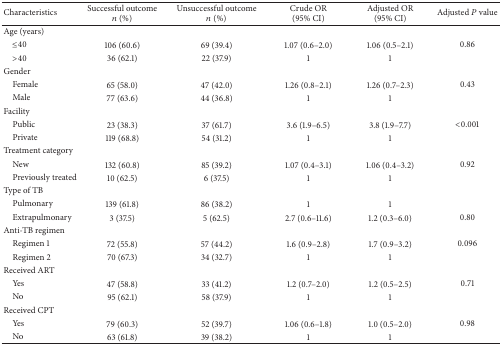
<table><thead><tr><td><b>Characteristics</b></td><td><b>Successful outcomen (%)</b></td><td><b>Unsuccessful outcomen (%)</b></td><td><b>Crude OR(95% CI)</b></td><td><b>Adjusted OR (95% CI) </b></td><td><b>Adjusted <i>P</i> value</b></td></tr></thead><tbody><tr><td>Age (years)</td><td> </td><td> </td><td> </td><td> </td><td> </td></tr><tr><td> ≤40</td><td>106 (60.6)</td><td>69 (39.4)</td><td>1.07 (0.6–2.0)</td><td>1.06 (0.5–2.1)</td><td>0.86</td></tr><tr><td> &gt;40</td><td>36 (62.1)</td><td>22 (37.9)</td><td>1</td><td>1</td><td> </td></tr><tr><td>Gender</td><td> </td><td> </td><td> </td><td> </td><td> </td></tr><tr><td> Female</td><td>65 (58.0)</td><td>47 (42.0)</td><td>1.26 (0.8–2.1)</td><td>1.26 (0.7–2.3)</td><td>0.43</td></tr><tr><td> Male</td><td>77 (63.6)</td><td>44 (36.8)</td><td>1</td><td>1</td><td> </td></tr><tr><td>Facility</td><td> </td><td> </td><td> </td><td> </td><td> </td></tr><tr><td> Public</td><td>23 (38.3)</td><td>37 (61.7)</td><td>3.6 (1.9–6.5)</td><td>3.8 (1.9–7.7)</td><td>&lt;0.001</td></tr><tr><td> Private</td><td>119 (68.8)</td><td>54 (31.2)</td><td>1</td><td>1</td><td> </td></tr><tr><td>Treatment category</td><td> </td><td> </td><td> </td><td> </td><td> </td></tr><tr><td> New</td><td>132 (60.8)</td><td>85 (39.2)</td><td>1.07 (0.4–3.1)</td><td>1.06 (0.4–3.2)</td><td>0.92</td></tr><tr><td> Previously treated</td><td>10 (62.5)</td><td>6 (37.5)</td><td>1</td><td>1</td><td> </td></tr><tr><td>Type of TB</td><td> </td><td> </td><td> </td><td> </td><td> </td></tr><tr><td> Pulmonary</td><td>139 (61.8)</td><td>86 (38.2)</td><td>1</td><td>1</td><td> </td></tr><tr><td> Extrapulmonary</td><td>3 (37.5)</td><td>5 (62.5)</td><td>2.7 (0.6–11.6)</td><td>1.2 (0.3–6.0)</td><td>0.80</td></tr><tr><td>Anti-TB regimen </td><td> </td><td> </td><td> </td><td> </td><td> </td></tr><tr><td> Regimen 1</td><td>72 (55.8)</td><td>57 (44.2)</td><td>1.6 (0.9–2.8)</td><td>1.7 (0.9–3.2)</td><td>0.096</td></tr><tr><td> Regimen 2</td><td>70 (67.3)</td><td>34 (32.7)</td><td>1</td><td>1</td><td> </td></tr><tr><td>Received ART</td><td> </td><td> </td><td> </td><td> </td><td> </td></tr><tr><td> Yes</td><td>47 (58.8)</td><td>33 (41.2)</td><td>1.2 (0.7–2.0)</td><td>1.2 (0.5–2.5)</td><td>0.71</td></tr><tr><td> No</td><td>95 (62.1)</td><td>58 (37.9)</td><td>1</td><td>1</td><td> </td></tr><tr><td>Received CPT</td><td> </td><td> </td><td> </td><td> </td><td> </td></tr><tr><td> Yes</td><td>79 (60.3)</td><td>52 (39.7)</td><td>1.06 (0.6–1.8)</td><td>1.0 (0.5–2.0)</td><td>0.98</td></tr><tr><td> No</td><td>63 (61.8)</td><td>39 (38.2)</td><td>1</td><td>1</td><td> </td></tr></tbody></table>